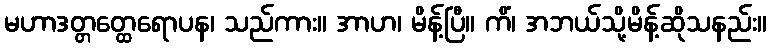
မဟာဒတ္တတ္ထေရောပန၊ သည်ကား။ အာဟ၊ မိန့်ပြီ။ ကိံ၊ အဘယ်သို့မိန့်ဆိုသနည်း။